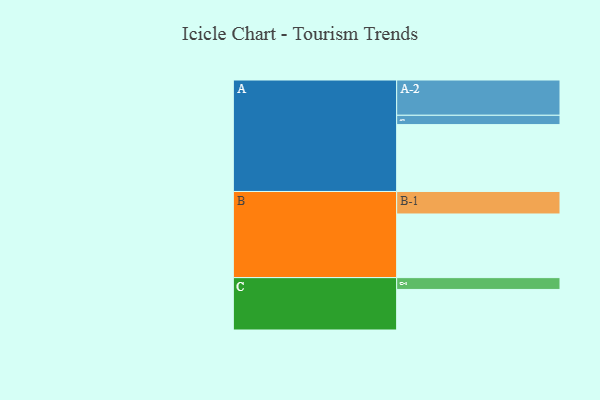
{"axis": {"x": "Segment", "y": "Value"}, "legend": ["", "A", "B", "C"], "data": [{"x": "A", "y": 544, "type": ""}, {"x": "B", "y": 518, "type": ""}, {"x": "C", "y": 330, "type": ""}, {"x": "A-1", "y": 76, "type": "A"}, {"x": "A-2", "y": 287, "type": "A"}, {"x": "B-1", "y": 183, "type": "B"}, {"x": "C-1", "y": 96, "type": "C"}]}